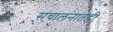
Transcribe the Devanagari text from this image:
संचालनातही